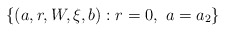
\begin{align*} \{(a,r,W,\xi,b): r=0, \ a=a_2\}\end{align*}